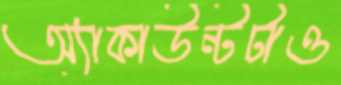
অ্যাকাউন্টটাও